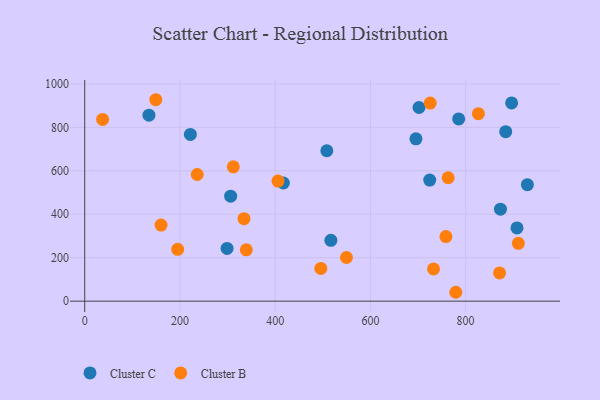
{"axis": {"x": "Ad Spend", "y": "Rating"}, "legend": ["Cluster B", "Cluster C"], "data": [{"x": "873.2", "y": 423.4, "type": "Cluster C"}, {"x": "221.9", "y": 767.5, "type": "Cluster C"}, {"x": "517.0", "y": 280.2, "type": "Cluster C"}, {"x": "134.9", "y": 856.3, "type": "Cluster C"}, {"x": "724.6", "y": 557.4, "type": "Cluster C"}, {"x": "702.1", "y": 891.3, "type": "Cluster C"}, {"x": "508.5", "y": 692.3, "type": "Cluster C"}, {"x": "929.7", "y": 536.3, "type": "Cluster C"}, {"x": "785.4", "y": 839.0, "type": "Cluster C"}, {"x": "299.0", "y": 242.8, "type": "Cluster C"}, {"x": "417.2", "y": 544.0, "type": "Cluster C"}, {"x": "695.7", "y": 747.1, "type": "Cluster C"}, {"x": "306.5", "y": 483.2, "type": "Cluster C"}, {"x": "884.2", "y": 780.2, "type": "Cluster C"}, {"x": "907.9", "y": 337.1, "type": "Cluster C"}, {"x": "896.6", "y": 912.4, "type": "Cluster C"}, {"x": "725.6", "y": 911.9, "type": "Cluster B"}, {"x": "334.5", "y": 379.9, "type": "Cluster B"}, {"x": "149.3", "y": 927.2, "type": "Cluster B"}, {"x": "236.3", "y": 582.9, "type": "Cluster B"}, {"x": "312.1", "y": 618.3, "type": "Cluster B"}, {"x": "549.7", "y": 200.9, "type": "Cluster B"}, {"x": "160.3", "y": 350.4, "type": "Cluster B"}, {"x": "495.9", "y": 150.5, "type": "Cluster B"}, {"x": "732.6", "y": 148.2, "type": "Cluster B"}, {"x": "910.7", "y": 266.1, "type": "Cluster B"}, {"x": "406.0", "y": 552.8, "type": "Cluster B"}, {"x": "763.3", "y": 568.1, "type": "Cluster B"}, {"x": "758.6", "y": 297.5, "type": "Cluster B"}, {"x": "339.4", "y": 236.5, "type": "Cluster B"}, {"x": "37.6", "y": 836.5, "type": "Cluster B"}, {"x": "195.2", "y": 238.5, "type": "Cluster B"}, {"x": "871.3", "y": 129.9, "type": "Cluster B"}, {"x": "779.4", "y": 40.9, "type": "Cluster B"}, {"x": "826.9", "y": 863.0, "type": "Cluster B"}]}